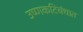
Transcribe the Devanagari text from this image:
उष्णकटिबंधात